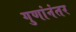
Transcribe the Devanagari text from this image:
गुणांनंतर